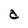
Character: a